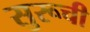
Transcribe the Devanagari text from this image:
सुरूची